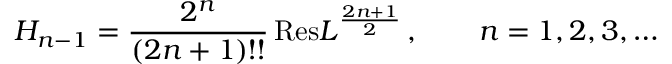
H _ { n - 1 } = \frac { 2 ^ { n } } { ( 2 n + 1 ) ! ! } \, \mathrm { R e s } L ^ { \frac { 2 n + 1 } { 2 } } \, , \qquad n = 1 , 2 , 3 , \dots